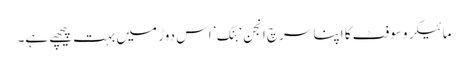
مائیکروسوفٹ کا اپنا سرچ انجن ‘بِنگ’ اس دوڑ میں بہت پیچھے ہے۔